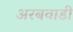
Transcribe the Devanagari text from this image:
अरबवाडी